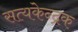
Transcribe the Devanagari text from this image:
सत्यकेन्द्रक